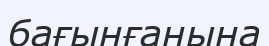
бағынғанына